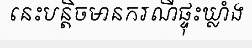
នេះបន្តិចមានករណីផ្ទុះឃ្លាំង